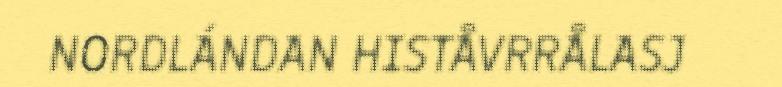
NORDLÁNDAN HISTÅVRRÅLASJ